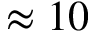
\approx 1 0